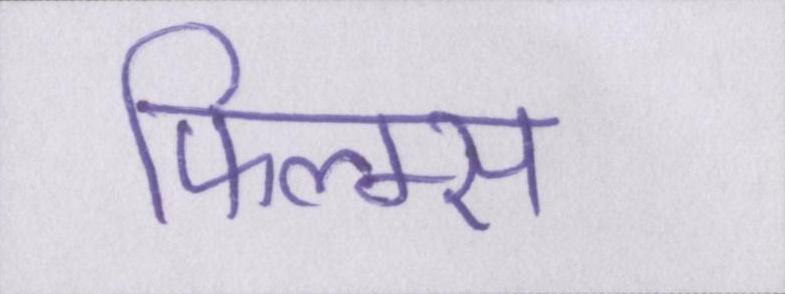
फिल्म्स